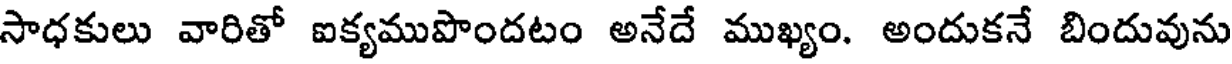
సాధకులు వారితో ఐక్యముపొందటం అనేదే ముఖ్యం. అందుకనే బిందువును